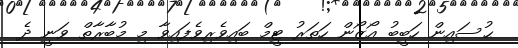
ޙުސައިން ހަބީބު އޯޒޯން ހަތަރު ޓީމް ބައިވެރިވެފައިވާ މި މުބާރާތް ވަނީ ދެ